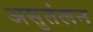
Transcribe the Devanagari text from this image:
असुतंलन